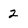
Character: 2